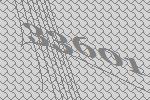
33601